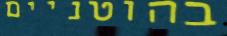
בהוטניים